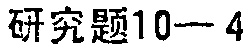
研究题10—4